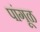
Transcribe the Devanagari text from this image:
पांगूळ